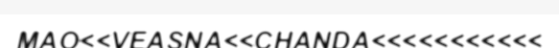
MAO<<VEASNA<<CHANDA<<<<<<<<<<<